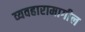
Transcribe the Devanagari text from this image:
व्यवहारामागील